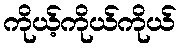
ကိုယ့်ကိုယ်ကိုယ်